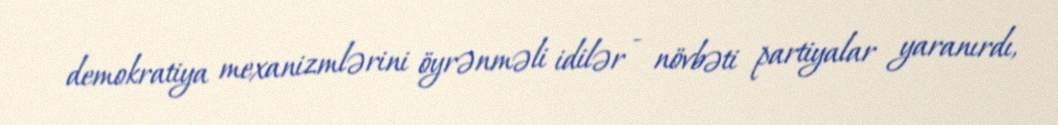
demokratiya mexanizmlərini öyrənməli idilər - növbəti partiyalar yaranırdı,